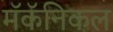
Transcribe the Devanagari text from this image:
मॅकॅनिकल